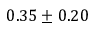
0 . 3 5 \pm 0 . 2 0